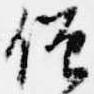
僧